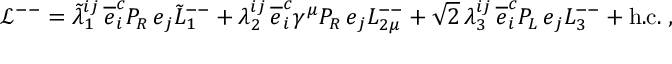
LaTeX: { \mathcal L } ^ { -- } = \tilde { \lambda } _ { 1 } ^ { i j } \, \overline { { { e } } } _ { i } ^ { c } P _ { R } \, e _ { j } \tilde { L } _ { 1 } ^ { -- } + \lambda _ { 2 } ^ { i j } \, \overline { { { e } } } _ { i } ^ { c } \gamma ^ { \mu } P _ { R } \, e _ { j } L _ { 2 \mu } ^ { -- } + \sqrt { 2 } \, \lambda _ { 3 } ^ { i j } \, \overline { { { e } } } _ { i } ^ { c } P _ { L } \, e _ { j } L _ { 3 } ^ { -- } + \mathrm { h . c . } \; ,